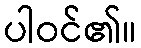
ပါဝင်၏။